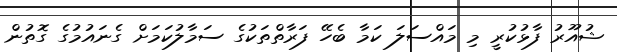
ޝުއޫރު ފާޅުކުރީ މި މައްސަލަ ކަމާ ބެހޭ ފަރާތްތަކުގެ ސަމާލުކަމަށް ގެނައުމުގެ ގޮތުން